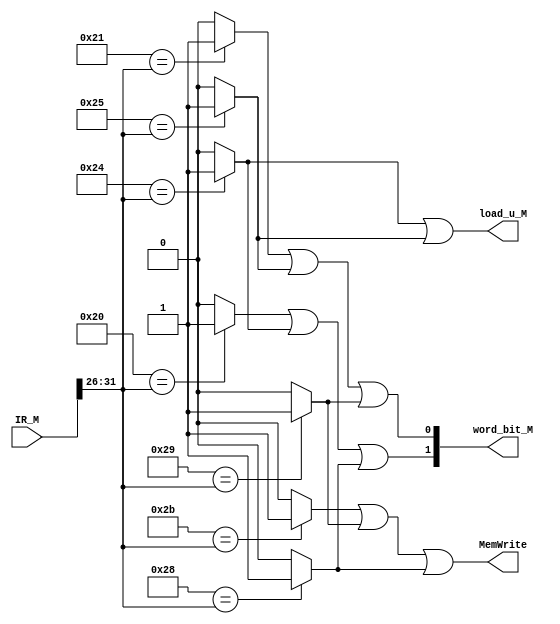
`timescale 1ns / 1ps
//////////////////////////////////////////////////////////////////////////////////
// Company: 
// Engineer: 
// 
// Design Name: 
// Module Name:    contr_M 
// Project Name: 
// Target Devices: 
// Tool versions: 
// Description: 
//
// Dependencies: 
//
// Revision: 
// Revision 0.01 - File Created
// Additional Comments: 
//
//////////////////////////////////////////////////////////////////////////////////
    `define ADDU 12'b000000100001
	 `define SUBU 12'b000000100011
	 `define ORI 6'b001101
	 `define LW 6'b100011
	 `define SW 6'b101011
	 `define BEQ 6'b000100
	 `define LUI 6'b001111
	 `define NOP 12'b000000000000
	 `define JAL 6'b000011
	 `define JR 12'b000000001000
	 `define J 6'b000010
	 //
	 `define BGEZAL 11'b00000110001
	 `define LB 6'b100000
	 `define LBU 6'b100100
	 `define LH 6'b100001
	 `define LHU 6'b100101
	 `define SB 6'b101000
	 `define SH 6'b101001
	 //P6
	 `define ADD 12'b000000100000
	 `define ADDI 6'b001000
	 `define ADDIU 6'b001001
	 `define AND 12'b000000100100
	 `define ANDI 6'b001100
	 `define BGEZ 11'b00000100001//rt
	 `define BGTZ 6'b000111
	 `define BLEZ 6'b000110
	 `define BLTZ 11'b00000100000
	 `define BNE 6'b000101
	 `define DIV 12'b000000011010
	 `define DIVU 12'b000000011011
	 `define JALR 12'b000000001001
	 `define MFHI 12'b000000010000
	 `define MFLO 12'b000000010010
	 `define MTHI 12'b000000010001
	 `define MTLO 12'b000000010011
	 `define MULT 12'b000000011000
	 `define MULTU 12'b000000011001
	 `define NOR 12'b000000100111
	 `define OR 12'b000000100101
	 `define SLLV 12'b000000000100
	 `define SLTI 6'b001010
	 `define SLTIU 6'b001011
	 `define SLTU 12'b000000101011
	 `define SRA 12'b000000000011
	 `define SRAV 12'b000000000111
	 `define SRL 12'b000000000010
	 `define SRLV 12'b000000000110
	 `define SUB 12'b000000100010
	 `define XOR 12'b000000100110
	 `define XORI 6'b001110
module contr_M(
    input [31:0] IR_M,
	 output [1:0] word_bit_M,
	 output load_u_M,
    output MemWrite
    );
	 wire [5:0] opcode,func;
	 wire [4:0] rt;
	 wire addu_,subu_,ori_,lw_,sw_,beq_,lui_,jr_,jal_,j_,nop_,bgezal_,lb_,lbu_,lh_,lhu_,sb_,sh_;
	 wire add_,addi_,addiu_,and_,andi_,bgez_,bgtz_,blez_,bltz_,bne_,div_,divu_,jalr_,mfhi_,mflo_;
	 wire mthi_,mtlo_,mult_,multu_,nor_,or_,sllv_,slti_,sltiu_,sltu_,sra_,srav_,srl_,srlv_,sub_,xor_,xori_;
	 assign opcode = IR_M[31:26];
	 assign func = IR_M[5:0];
	 assign rt = IR_M[20:16];
	 //R
	 assign addu_ = (`ADDU=={opcode[5:0],func[5:0]})?1:0;
	 assign subu_ = (`SUBU=={opcode[5:0],func[5:0]})?1:0;
	 assign nop_ = (`NOP=={opcode[5:0],func[5:0]})?1:0;
	 assign jr_ = (`JR=={opcode[5:0],func[5:0]})?1:0;
	 //
	 assign ori_ = (`ORI=={opcode[5:0]})?1:0;
	 assign lw_ = (`LW=={opcode[5:0]})?1:0;
	 assign sw_ = (`SW=={opcode[5:0]})?1:0; 
    assign beq_ = (`BEQ=={opcode[5:0]})?1:0;	
    assign lui_ = (`LUI=={opcode[5:0]})?1:0;
    assign j_ = (`J=={opcode[5:0]})?1:0;	 
	 assign jal_ = (`JAL=={opcode[5:0]})?1:0;
	 //
	 assign bgezal_ = (`BGEZAL=={opcode[5:0],rt[4:0]})?1:0;
	 assign lb_ = (`LB=={opcode[5:0]})?1:0;
	 assign lbu_ = (`LBU=={opcode[5:0]})?1:0;
	 assign lh_ = (`LH=={opcode[5:0]})?1:0;
	 assign lhu_ = (`LHU=={opcode[5:0]})?1:0;
	 assign sb_ = (`SB=={opcode[5:0]})?1:0; 
	 assign sh_ = (`SH=={opcode[5:0]})?1:0; 
	 //
	 assign add_ = (`ADD=={opcode[5:0],func[5:0]})?1:0;
	 assign addi_ = (`ADDI=={opcode[5:0]})?1:0;
	 assign addiu_ = (`ADDIU=={opcode[5:0]})?1:0;	 
	 assign and_ = (`AND=={opcode[5:0],func[5:0]})?1:0;
    assign andi_ = (`ANDI=={opcode[5:0]})?1:0;
	 assign bgez_ = (`BGEZ=={opcode[5:0],rt[4:0]})?1:0;
	 assign bgtz_ = (`BGTZ=={opcode[5:0]})?1:0;
	 assign blez_ = (`BLEZ=={opcode[5:0]})?1:0;
	 assign bltz_ = (`BLTZ=={opcode[5:0],rt[4:0]})?1:0;
	 assign bne_ = (`BNE=={opcode[5:0]})?1:0;
	 assign div_ = (`DIV=={opcode[5:0],func[5:0]})?1:0;
	 assign divu_ = (`DIVU=={opcode[5:0],func[5:0]})?1:0;
	 assign jalr_ = (`JALR=={opcode[5:0],func[5:0]})?1:0;
	 assign mfhi_ = (`MFHI=={opcode[5:0],func[5:0]})?1:0;
	 assign mflo_ = (`MFLO=={opcode[5:0],func[5:0]})?1:0;
	 assign mthi_ = (`MTHI=={opcode[5:0],func[5:0]})?1:0;
	 assign mtlo_ = (`MTLO=={opcode[5:0],func[5:0]})?1:0;
	 assign mult_ = (`MULT=={opcode[5:0],func[5:0]})?1:0;
	 assign multu_ = (`MULTU=={opcode[5:0],func[5:0]})?1:0;
	 assign nor_ = (`NOR=={opcode[5:0],func[5:0]})?1:0;
	 assign or_ = (`OR=={opcode[5:0],func[5:0]})?1:0;
	 assign sllv_ = (`SLLV=={opcode[5:0],func[5:0]})?1:0;
	 assign slti_ = (`SLTI=={opcode[5:0]})?1:0;
	 assign sltiu_ = (`SLTIU=={opcode[5:0]})?1:0;
	 assign sltu_ = (`SLTU=={opcode[5:0],func[5:0]})?1:0;
	 assign sra_ = (`SRA=={opcode[5:0],func[5:0]})?1:0;
	 assign srav_ = (`SRAV=={opcode[5:0],func[5:0]})?1:0;
	 assign srl_ = (`SRL=={opcode[5:0],func[5:0]})?1:0;
	 assign srlv_ = (`SRLV=={opcode[5:0],func[5:0]})?1:0;
	 assign sub_ = (`SUB=={opcode[5:0],func[5:0]})?1:0;
	 assign xor_ = (`XOR=={opcode[5:0],func[5:0]})?1:0;
	 assign xori_ = (`XORI=={opcode[5:0]})?1:0;
	 //
	 assign MemWrite = sw_||sh_||sb_;//DM
	 assign load_u_M = lbu_||lhu_;
    assign word_bit_M[1] = lb_||lbu_||sb_;
	 assign word_bit_M[0] = lh_||lhu_||sh_;

endmodule